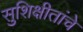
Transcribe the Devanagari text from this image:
सुशिक्षीतांचे